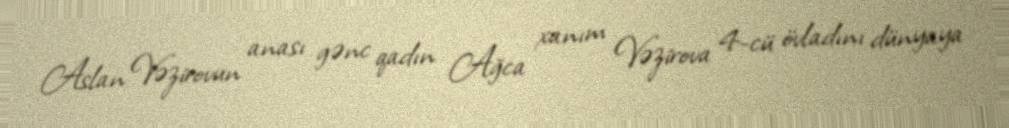
Aslan Vəzirovun anası gənc qadın Ağca xanım Vəzirova 4-cü övladını dünyaya